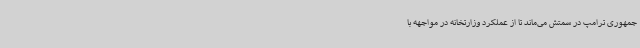
جمهوری ترامپ در سمتش می‌ماند تا از عملکرد وزارتخانه در مواجهه با